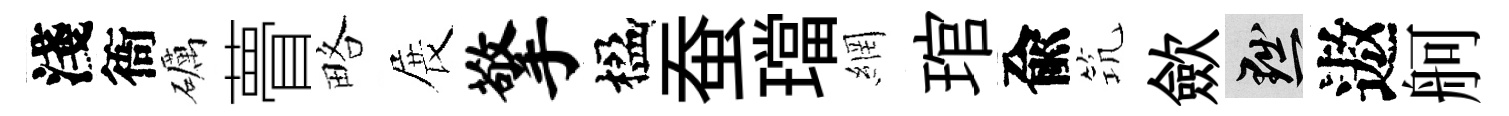
淺衙礪瞢略展擎楹蚕璫網琯兪𥬑歛黜遨舸